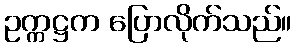
ဥက္ကဋ္ဌက ပြောလိုက်သည်။